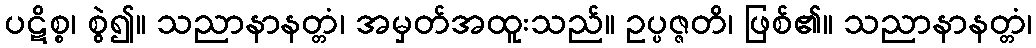
ပဋိစ္စ၊ စွဲ၍။ သညာနာနတ္တံ၊ အမှတ်အထူးသည်။ ဥပ္ပဇ္ဇတိ၊ ဖြစ်၏။ သညာနာနတ္တံ၊